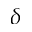
\delta